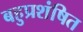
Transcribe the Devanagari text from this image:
बहुप्रशंषित